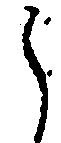
候